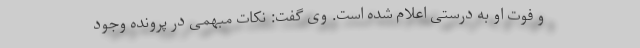
و فوت او به درستی اعلام شده است. وی گفت: نکات مبهمی در پرونده وجود